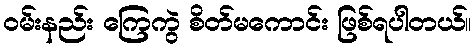
ဝမ်းနည်း ကြေကွဲ စိတ်မကောင်း ဖြစ်ရပါတယ်။